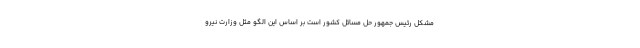
مشکل رئیس جمهور حل مسائل کشور است بر اساس این الگو مثل وزارت نیرو